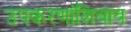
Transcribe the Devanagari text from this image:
उपकरणांशिवाय